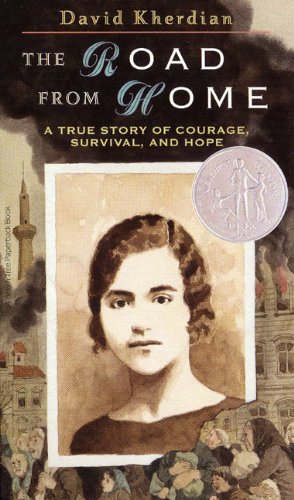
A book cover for The Road From Home: A True Story of Courage, Survival and Hope; David Kherdian; Teen & Young Adult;